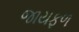
જાયફળ